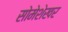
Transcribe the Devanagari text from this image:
सोमेशेखर